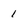
Character: 1